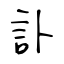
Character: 訃